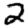
Digit: 2